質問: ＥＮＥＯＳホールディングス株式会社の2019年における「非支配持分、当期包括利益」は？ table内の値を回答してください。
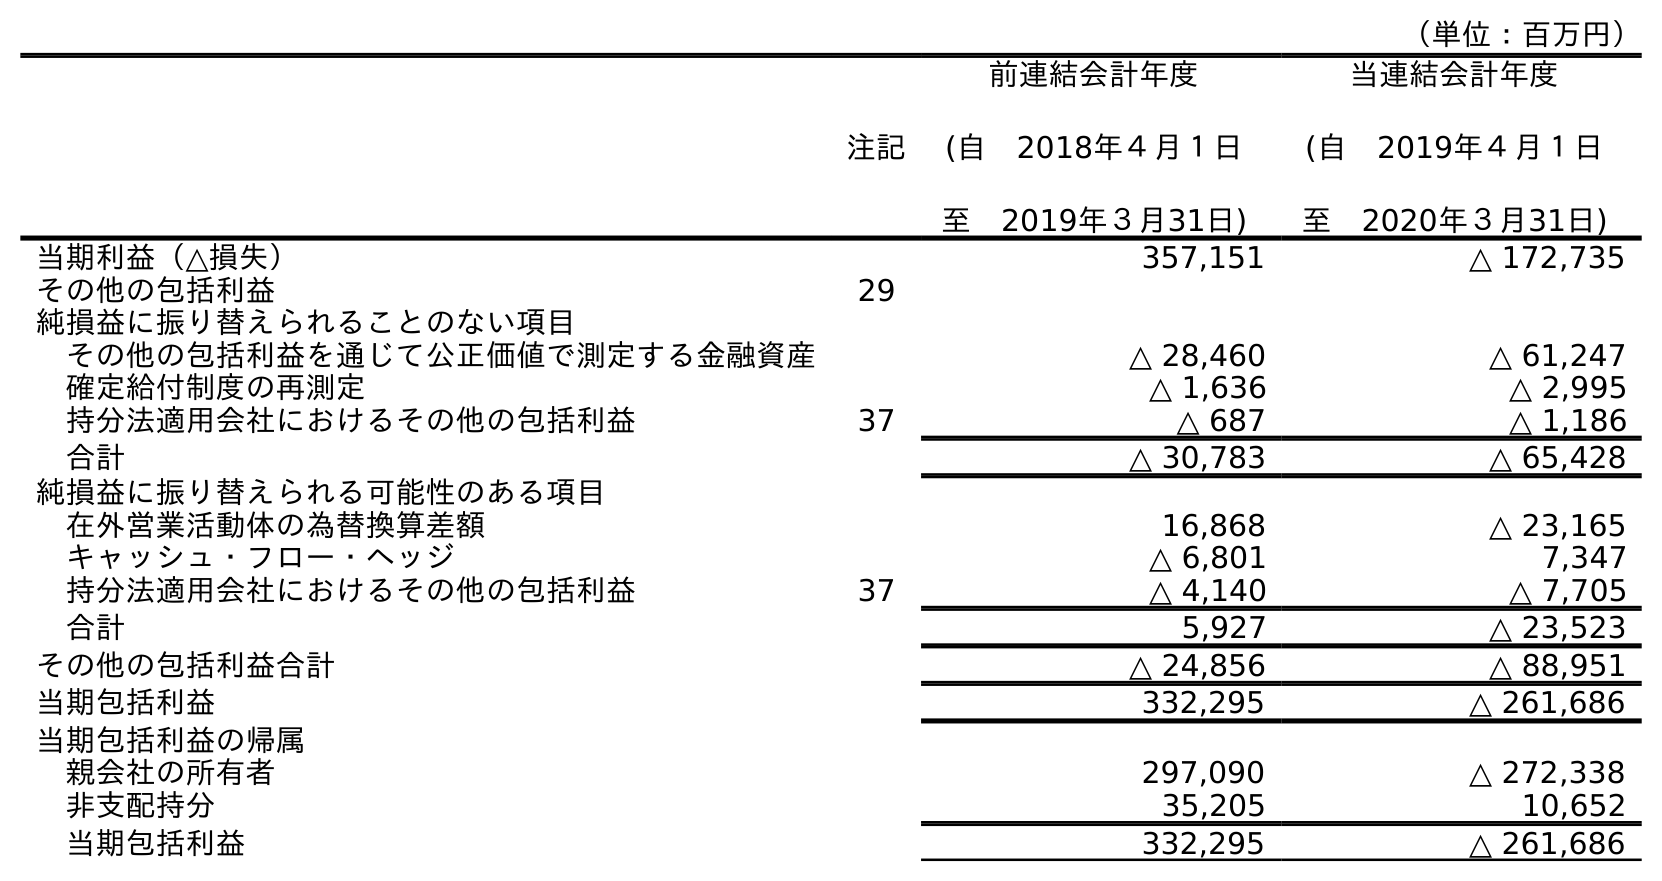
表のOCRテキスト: （単位：百万円） 注記 前連結会計年度 (自 2018年４月１日 至 2019年３月31日) 当連結会計年度 (自 2019年４月１日 至 2020年３月31日) 当期利益（△損失） 357,151 △ 172,735 その他の包括利益 29 純損益に振り替えられることのない項目 その他の包括利益を通じて公正価値で測定する金融資産 △ 28,460 △ 61,247 確定給付制度の再測定 △ 1,636 △ 2,995 持分法適用会社におけるその他の包括利益 37 △ 687 △ 1,186 合計 △ 30,783 △ 65,428 純損益に振り替えられる可能性のある項目 在外営業活動体の為替換算差額 16,868 △ 23,165 キャッシュ・フロー・ヘッジ △ 6,801 7,347 持分法適用会社におけるその他の包括利益 37 △ 4,140 △ 7,705 合計 5,927 △ 23,523 その他の包括利益合計 △ 24,856 △ 88,951 当期包括利益 332,295 △ 261,686 当期包括利益の帰属 親会社の所有者 297,090 △ 272,338 非支配持分 35,205 10,652 当期包括利益 332,295 △ 261,686
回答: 35,205